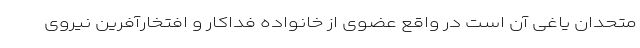
متحدان یاغی آن است در واقع عضوی از خانواده فداکار و افتخارآفرین نیروی